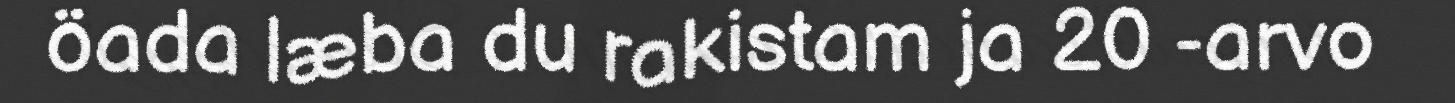
öada læba du rakistam ja 20 -arvo